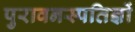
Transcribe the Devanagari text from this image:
पुरावनस्पतिज्ञों